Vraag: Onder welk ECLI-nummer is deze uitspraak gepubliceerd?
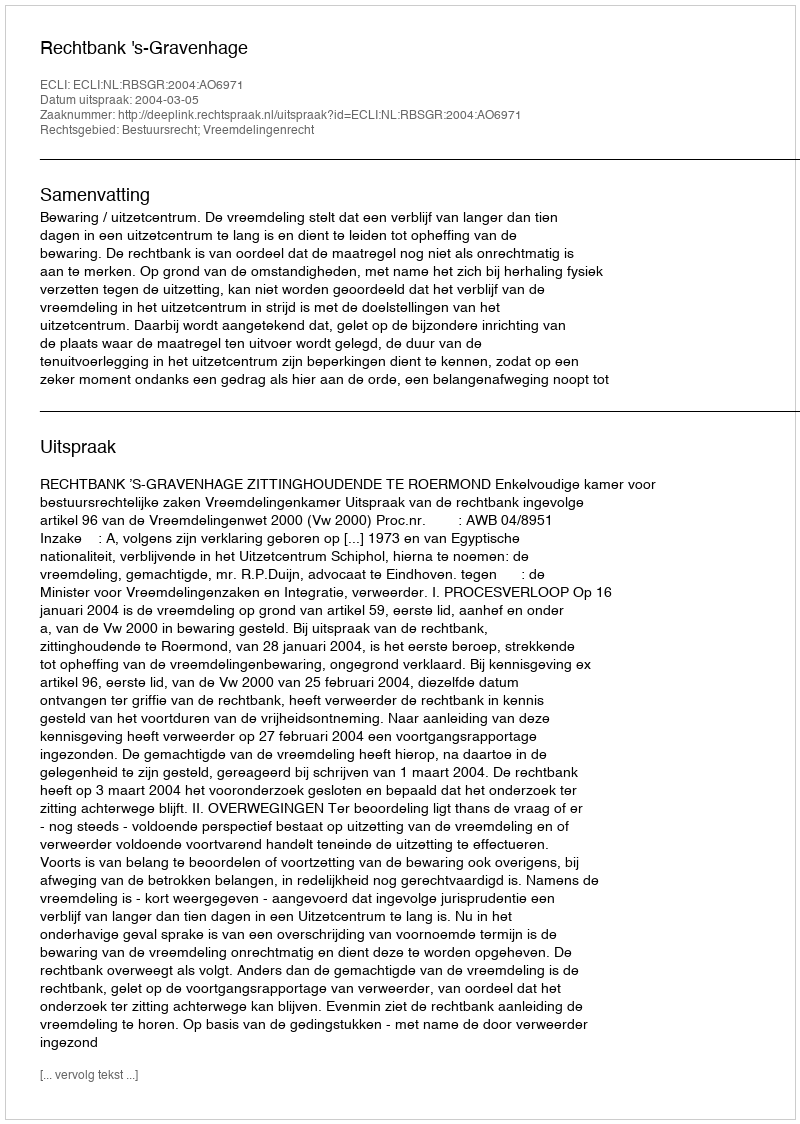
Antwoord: ECLI:NL:RBSGR:2004:AO6971